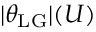
| \theta _ { \mathrm { L G } } | ( U )